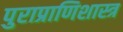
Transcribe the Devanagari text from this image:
पुराप्राणिशास्त्र